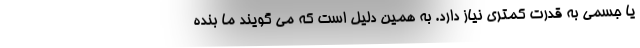
یا جسمی به قدرت کمتری نیاز دارد. به همین دلیل است که می گویند ما بنده